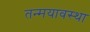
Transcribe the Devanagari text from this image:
तन्मयावस्था